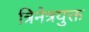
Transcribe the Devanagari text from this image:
त्रिनेत्रयुक्त